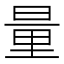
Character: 量